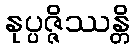
နုပ္ပဇ္ဇိဿန္တိ